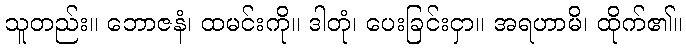
သူတည်း။ ဘောဇနံ၊ ထမင်းကို။ ဒါတုံ၊ ပေးခြင်းငှာ။ အရဟာမိ၊ ထိုက်၏။